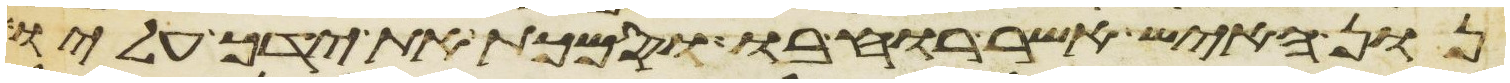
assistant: נון האיש אשר רוחו בו וסמכת את ידך עליו